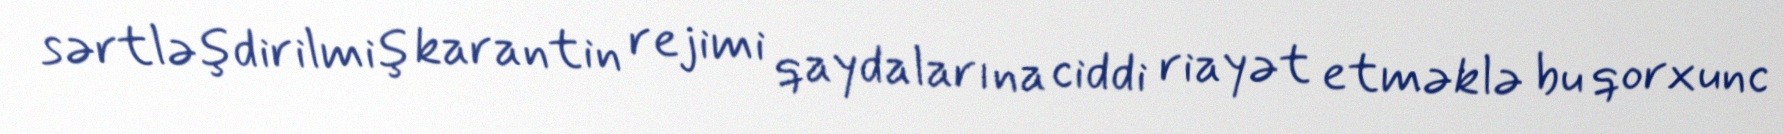
sərtləşdirilmiş karantin rejimi qaydalarına ciddi riayət etməklə bu qorxunc